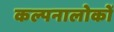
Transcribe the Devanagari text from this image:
कल्पनालोकों